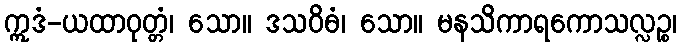
ဣဒံ-ယထာဝုတ္တံ၊ သော။ ဒသဝိဓံ၊ သော။ မနသိကာရကောသလ္လဉ္စ၊